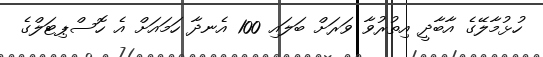
ހުޅުމާލޭގެ އާބާދީ އިތުރުވާ ވަރަށް ބަލައި 100 އެނދާ ހަމައަށް އެ ހޮސްޕިޓަލްގެ